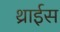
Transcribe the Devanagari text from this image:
थ्राईस